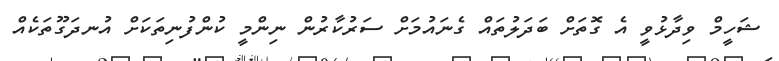
ޝަހީމް ވިދާޅުވީ އެ ގޮތަށް ބަދަލުތައް ގެނައުމަށް ސަރުކާރުން ނިންމީ ކުންފުނިތަކަށް އުނދަގޫތަކެއް